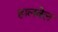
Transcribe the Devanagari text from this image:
हालवेल